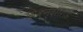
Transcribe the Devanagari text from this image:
सिकन्दराराऊ